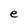
Character: e